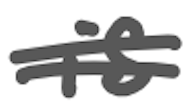
Text: is
Cross-out: double-line
Writing tool: digital_gray